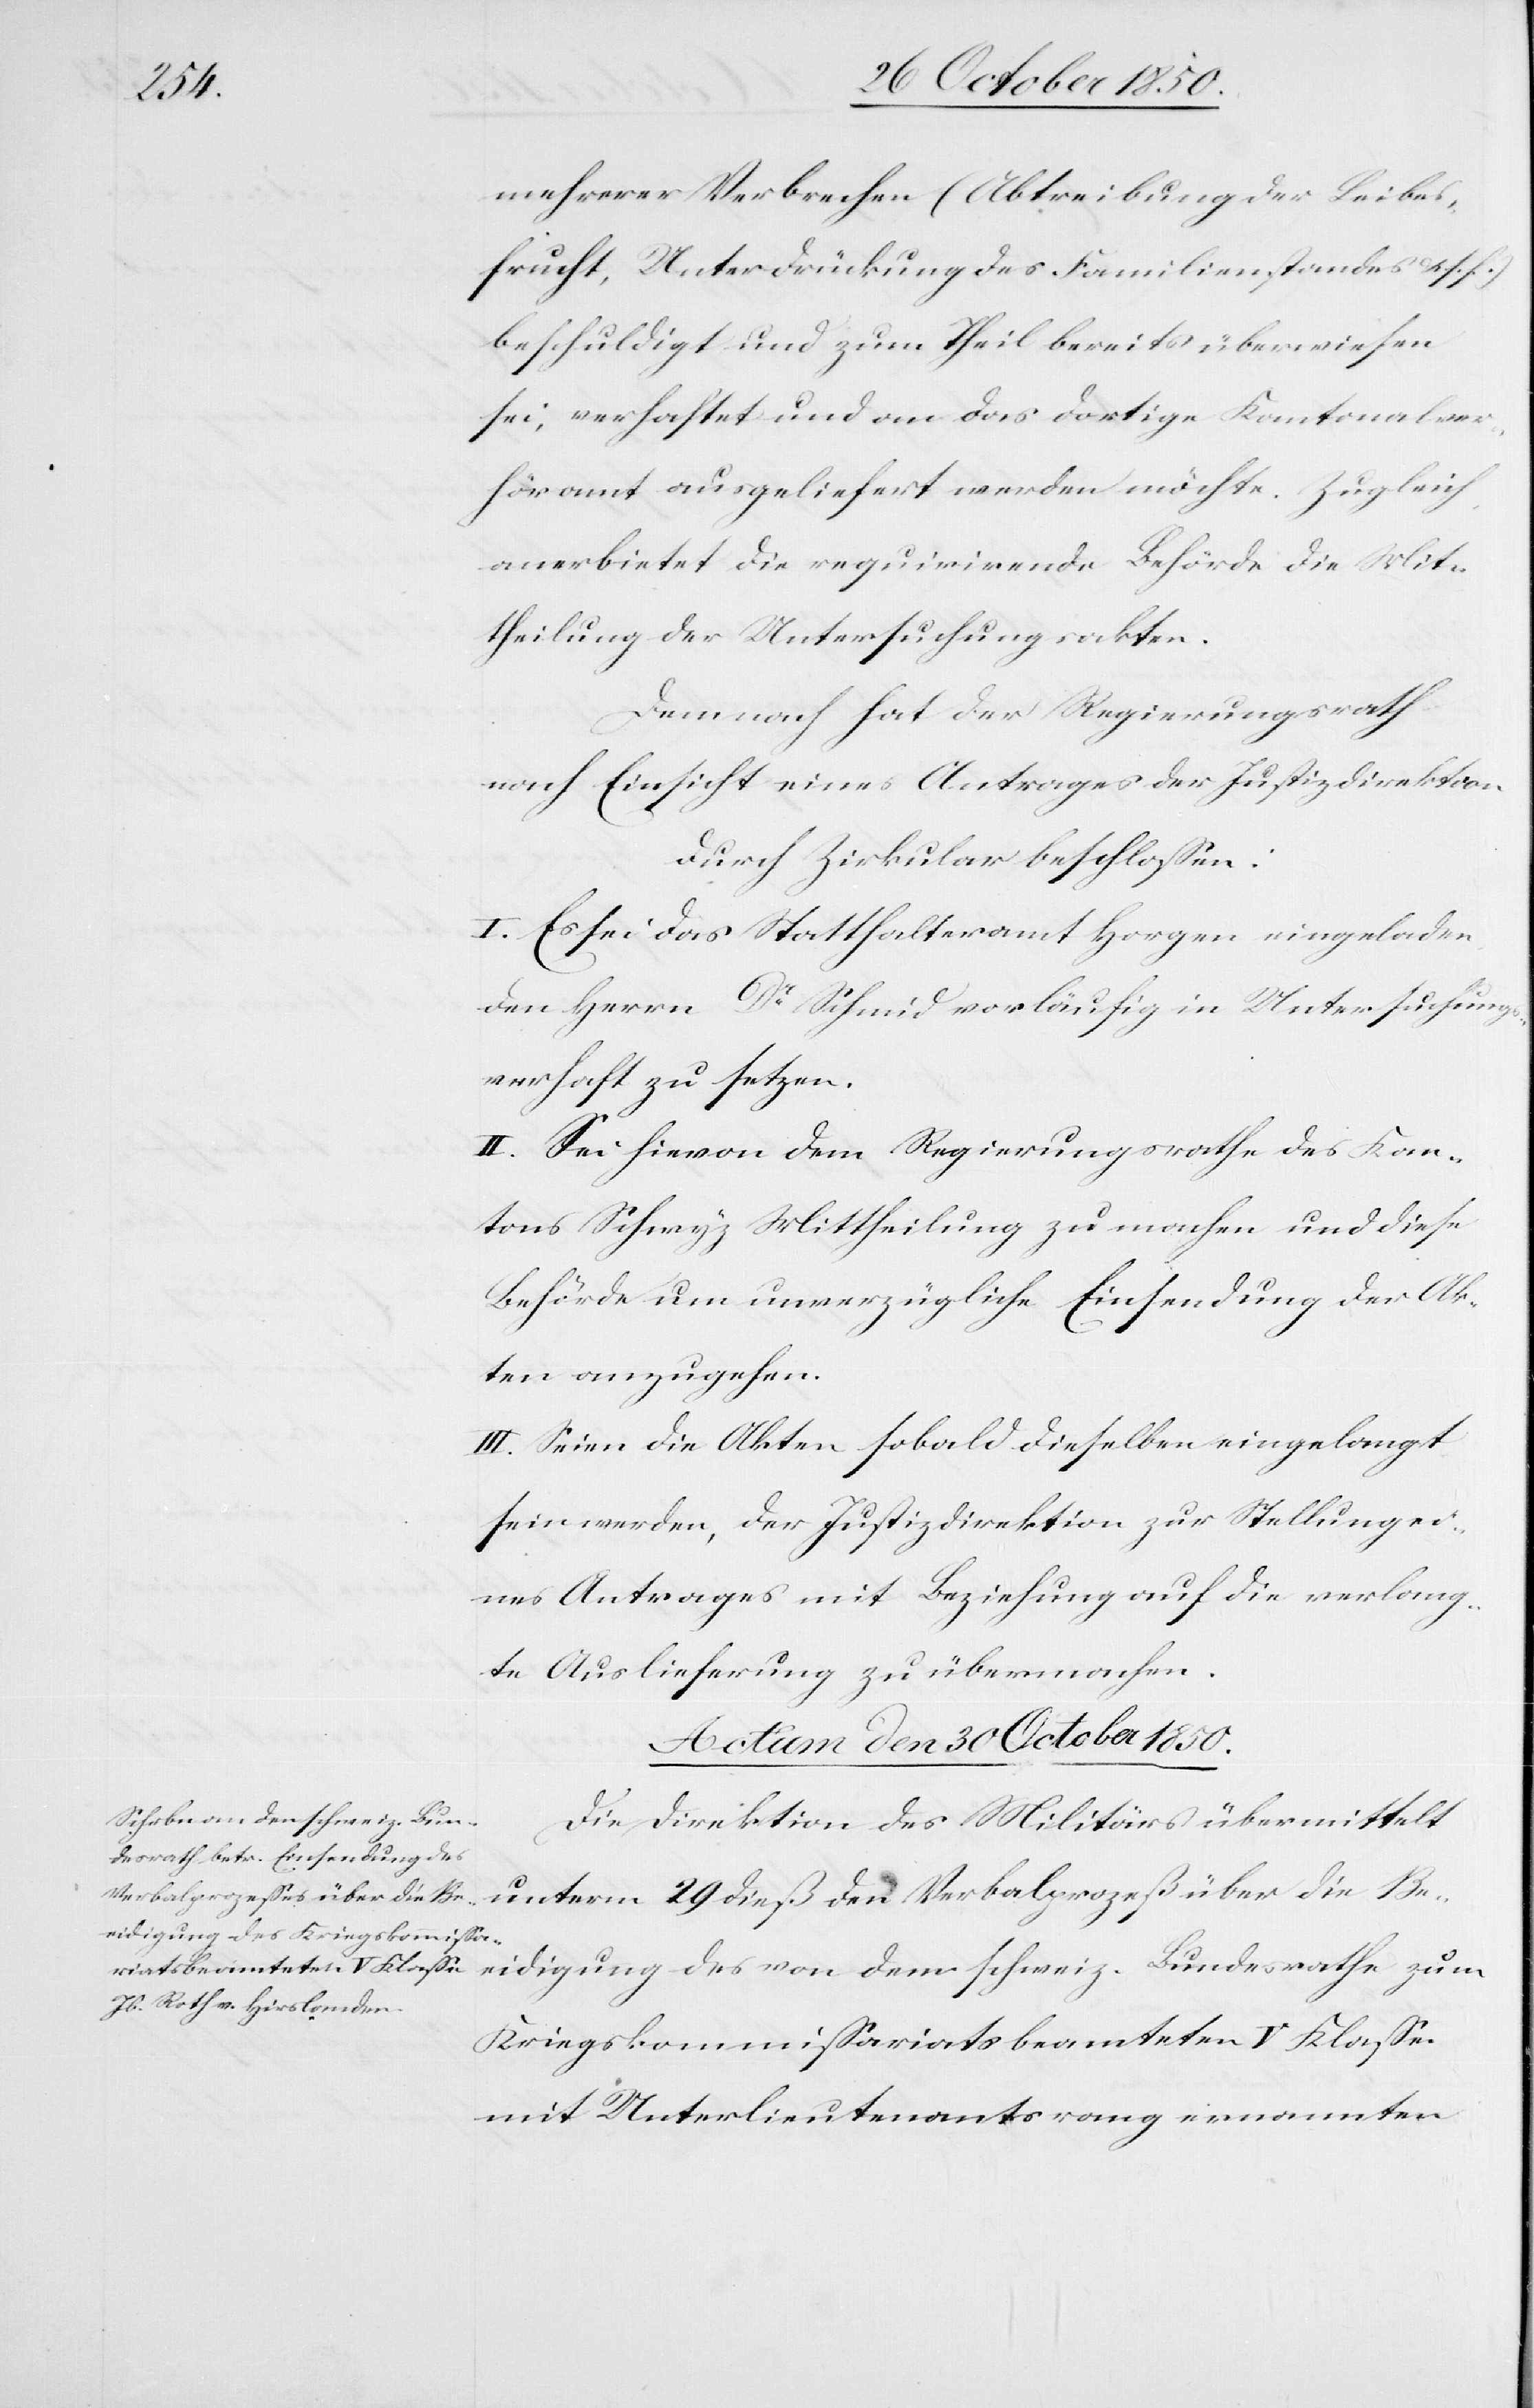
mehrerer Verbrechen (Abtreibung der Leibes¬
frucht, Unterdrückung des Familienstandes & .s f.)
beschuldigt und zum Theil bereits überwiesen
sei, verhaftet und an das dortige Kantonalver¬
höramt ausgeliefert werden möchte. Zugleich
anerbietet die requirirende Behörde die Mit¬
theilung der Untersuchungsakte.
Demnach hat der Regierungsrath
nach Einsicht eines Antrages der Justizdirektion
durch Zirkular beschlossen:
I. Es sei das Statthalteramt Horgen eingeladen
den Herrn Dr Schmid vorläufig in Untersuchungs¬
verhaft zu setzen.
II. Sei hievon dem Regierungsrathe des Kan¬
tons Schwyz Mittheilung zu machen und diese
Behörde um unverzügliche Einsendung der Ak¬
ten anzugehen.
III. Seien die Akten sobald dieselben eingelangt
sein werden, der Justizdirektion zur Stellung ei¬
nes Antrages mit Beziehung auf die verlang¬
te Auslieferung zu übermachen.
Actum den 30 October 1850.
Die Direktion des Militärs übermittelt
unterm 29 dieß den Verbalprozeß über die Be¬
eidigung des von dem schweiz. Bundesrathe zum
Kriegskommissariatsbeamteten V Klasse
mit Unterlieutenantsrang ernannten